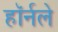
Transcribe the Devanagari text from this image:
हॉर्नले